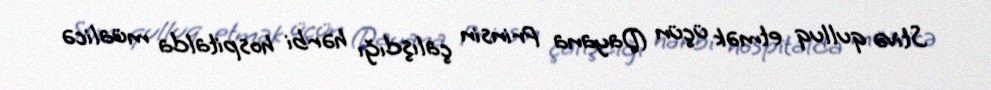
Stivə qulluq etmək üçün (Dayana Prinsin çalışdığı hərbi hospitalda müalicə